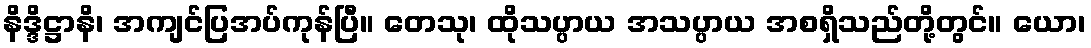
နိဒ္ဒိဋ္ဌာနိ၊ အကျင်ပြအပ်ကုန်ပြီ။ တေသု၊ ထိုသပ္ပာယ အသပ္ပာယ အစရှိသည်တို့တွင်။ ယော၊